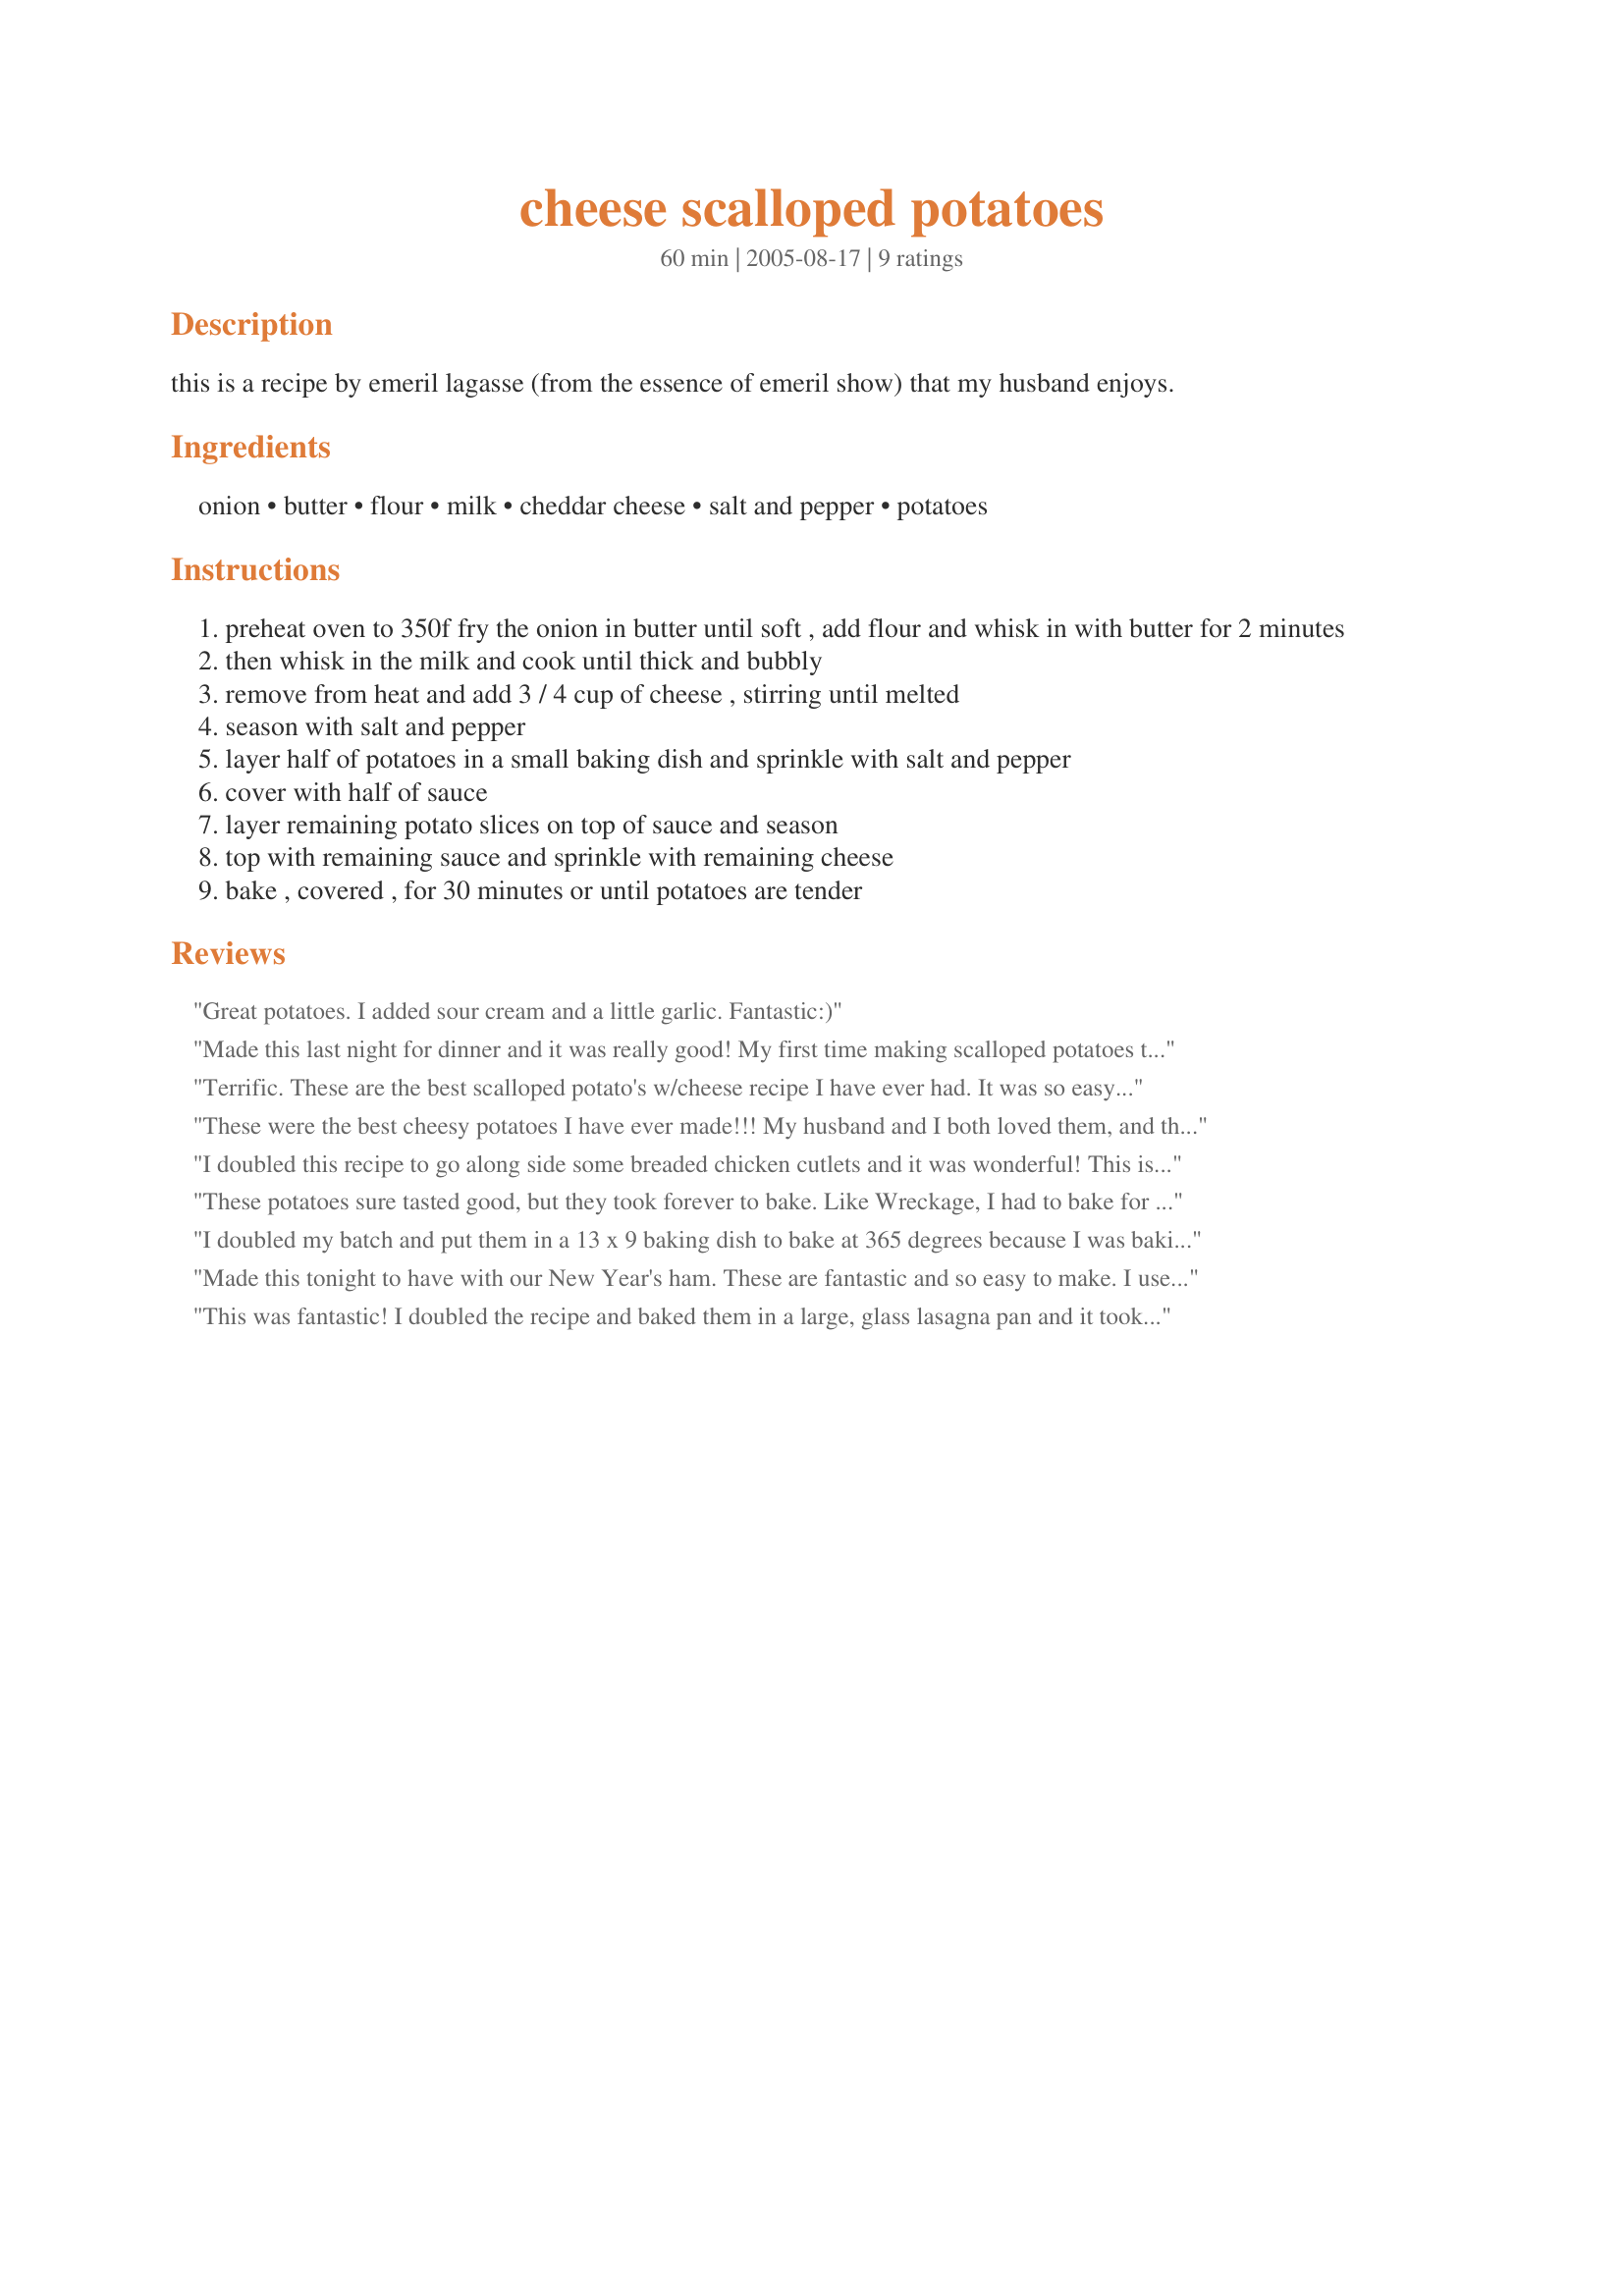
cheese scalloped potatoes
Preparation time: 60 minutes

this is a recipe by emeril lagasse (from the essence of emeril show) that my husband enjoys.

Ingredients:
onion, butter, flour, milk, cheddar cheese, salt and pepper, potatoes

Steps:
preheat oven to 350f fry the onion in butter until soft , add flour and whisk in with butter for 2 minutes
then whisk in the milk and cook until thick and bubbly
remove from heat and add 3 / 4 cup of cheese , stirring until melted
season with salt and pepper
layer half of potatoes in a small baking dish and sprinkle with salt and pepper
cover with half of sauce
layer remaining potato slices on top of sauce and season
top with remaining sauce and sprinkle with remaining cheese
bake , covered , for 30 minutes or until potatoes are tender

Reviews:
Great potatoes. I added sour cream and a little garlic. Fantastic:)
Made this last night for dinner and it was really good! My first time making scalloped potatoes that weren't from a box lol. Despite adding a few more seasonings I felt it needed just a bit more &quot;something&quot;. I will definitely be making it again but will add some extra salt and other seasonings. I used an 8x8 baking pan and they took about one hour to cook. Thank you for the recipe!
Terrific. These are the best scalloped potato's w/cheese recipe I have ever had. It was so easy and had wonderful cheesy flavor throughout. This is a recipe that will be handed out to my friends. Even my 3 yr old loved them. Thank You.
These were the best cheesy potatoes I have ever made!!! My husband and I both loved them, and they were very easy to make. This recipe will definitely become a staple as a side dish with my dinners.
I doubled this recipe to go along side some breaded chicken cutlets and it was wonderful! This is a side dish I will be making many times again. Thanks Kellogs for posting!
These potatoes sure tasted good, but they took forever to bake. Like Wreckage, I had to bake for almost an hour. I think the dish I baked them in was not the best choice, though. It was one of those round, deep casserole dishes. Next time I'll try it with a shallower rectangle so that the potatoes can be spread out more. I think that will shorten the baking time.
I doubled my batch and put them in a 13 x 9 baking dish to bake at 365 degrees because I was baking a different dish for dinner as well. They took like an hour to cook all the way through though. They tasted pretty good though. Not over the top fantabulous, but definitely good. Oh and they smelled amazing!
Made this tonight to have with our New Year's ham. These are fantastic and so easy to make. I used fat-free evaporated milk in place of the milk, as I had some to use up and our regular milk had gone bad. The rest was as per the recipe. I had to cook mine for about an hour, though. Thanks!
This was fantastic! I doubled the recipe and baked them in a large, glass lasagna pan and it took about an hour for them to cook the whole way through. But it was well worth the wait. I served them at our Christmas Eve dinner that we host every year and my FIL bugged me all night until I finally printed out the recipe to send home with him. I will absolutely make these again and again!
